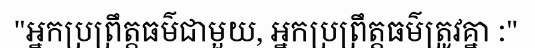
"អ្នកប្រព្រឹត្តធម៌ជាមួយ, អ្នកប្រព្រឹត្តធម៌ត្រូវគ្នា :"